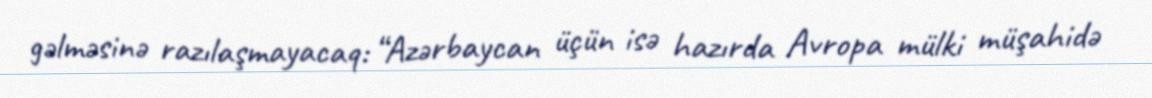
gəlməsinə razılaşmayacaq: “Azərbaycan üçün isə hazırda Avropa mülki müşahidə